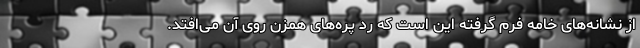
از نشانه‌های خامه فرم گرفته این است که رد پره‌های همزن روی آن می‌افتد.